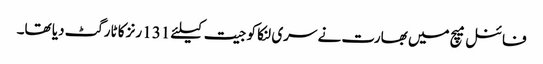
فائنل میچ میں بھارت نے سری لنکا کو جیت کیلئے 131 رنز کا ٹارگٹ دیا تھا۔